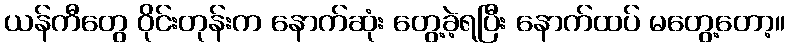
ယန်ကီတွေ ဝိုင်းတုန်းက နောက်ဆုံး တွေ့ခဲ့ရပြီး နောက်ထပ် မတွေ့တော့။